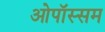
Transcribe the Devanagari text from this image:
ओपॉस्सम